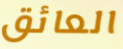
العائق